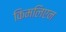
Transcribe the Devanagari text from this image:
किमलिएन